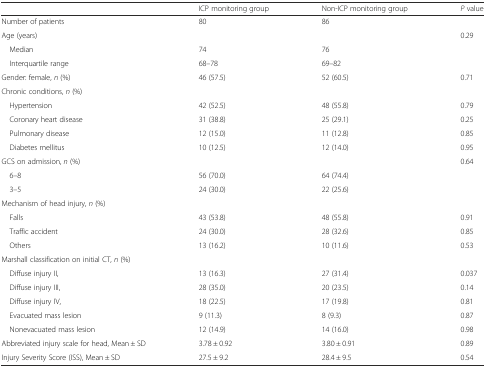
|  | ICP monitoring group | Non-ICP monitoring group | P value |
 | --- | --- | --- | --- |
 | Number of patients | 80 | 86 |  |
 | Age (years) |  |  | 0.29 |
 | Median | 74 | 76 |  |
 | Interquartile range | 68–78 | 69–82 |  |
 | Gender: female, n (%) | 46 (57.5) | 52 (60.5) | 0.71 |
 | Chronic conditions, n (%) |  |  |  |
 | Hypertension | 42 (52.5) | 48 (55.8) | 0.79 |
 | Coronary heart disease | 31 (38.8) | 25 (29.1) | 0.25 |
 | Pulmonary disease | 12 (15.0) | 11 (12.8) | 0.85 |
 | Diabetes mellitus | 10 (12.5) | 12 (14.0) | 0.95 |
 | GCS on admission, n (%) |  |  | 0.64 |
 | 6–8 | 56 (70.0) | 64 (74.4) |  |
 | 3–5 | 24 (30.0) | 22 (25.6) |  |
 | Mechanism of head injury, n (%) |  |  |  |
 | Falls | 43 (53.8) | 48 (55.8) | 0.91 |
 | Traffic accident | 24 (30.0) | 28 (32.6) | 0.85 |
 | Others | 13 (16.2) | 10 (11.6) | 0.53 |
 | Marshall classification on initial CT, n (%) |  |  |  |
 | Diffuse injury II, | 13 (16.3) | 27 (31.4) | 0.037 |
 | Diffuse injury III, | 28 (35.0) | 20 (23.5) | 0.14 |
 | Diffuse injury IV, | 18 (22.5) | 17 (19.8) | 0.81 |
 | Evacuated mass lesion | 9 (11.3) | 8 (9.3) | 0.87 |
 | Nonevacuated mass lesion | 12 (14.9) | 14 (16.0) | 0.98 |
 | Abbreviated injury scale for head, Mean ± SD | 3.78 ± 0.92 | 3.80 ± 0.91 | 0.89 |
 | Injury Severity Score (ISS), Mean ± SD | 27.5 ± 9.2 | 28.4 ± 9.5 | 0.54 |